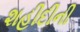
શહીદીની